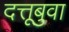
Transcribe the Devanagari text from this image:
दत्तूबुवा